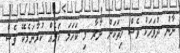
ނާނު ދުވަހަކު ވެސް ހިތަކަށް ނާރާ މި ކަހަލަ ކަމެއް ކުރާނަމެކޭ ވެސް.